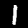
Digit: 1